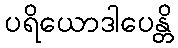
ပရိယောဒါပေန္တိ